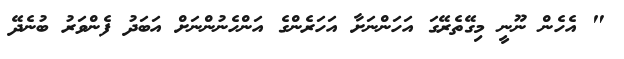
" އެހެން ނޫނީ މިގޭތެރޭގަ އަހަންނަށާ އަހަރެންގެ އަންހެނުންނަށް އަބަދު ފެންވަރު ބުނެދޭ